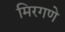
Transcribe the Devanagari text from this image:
मिरगणे